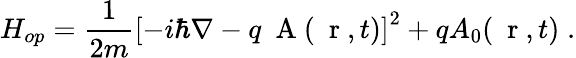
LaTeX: H_{op}=\frac{1}{2m}\left[-i\hbar\nabla-q\mathrm{~\mathbf~A~}(\mathrm{~\mathbf~r~},t)\right]^{2}+qA_{0}(\mathrm{~\mathbf~r~},t)\; .